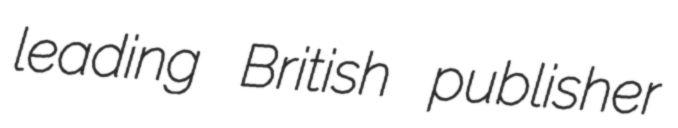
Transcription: leading British publisher